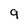
Character: 9